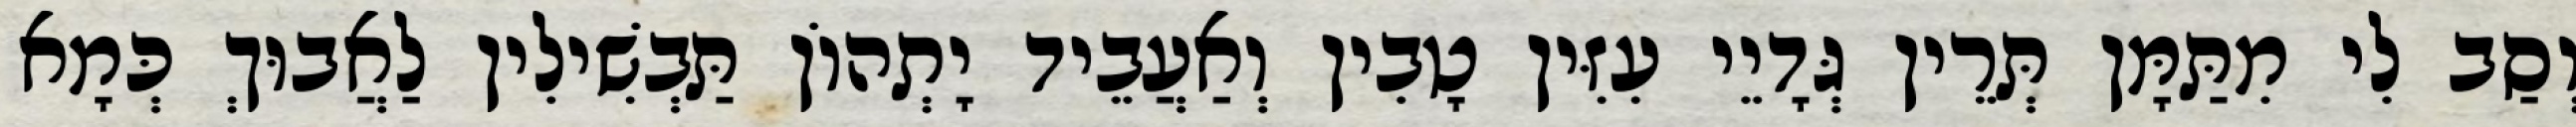
וְסַב לִי מִתַּמָּן תְּרֵין גְּדָיֵי עִזִּין טָבִין וְאַעֲבֵיד יָתְהוֹן תַּבְשִׁילִין לַאֲבוּךְ כְּמָא